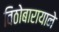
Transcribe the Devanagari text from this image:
विठोबारायाने